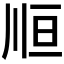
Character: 𰏃